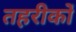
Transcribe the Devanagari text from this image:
तहरीकों